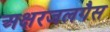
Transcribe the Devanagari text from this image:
अक्षरजलगैस